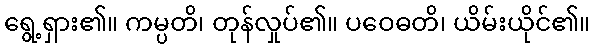
ရွေ့ရှား၏။ ကမ္ပတိ၊ တုန်လှုပ်၏။ ပဝေဓတိ၊ ယိမ်းယိုင်၏။